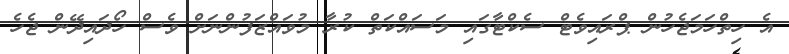
އެ ހިތްހަމަޖެހުން ޕްރައިވެޓް ސެކްޓާގައި މަސައްކަތް ކުރާ މުވައްޒަފުންނަށް ވެސް ހޯދައިދޭން ޖެހެ